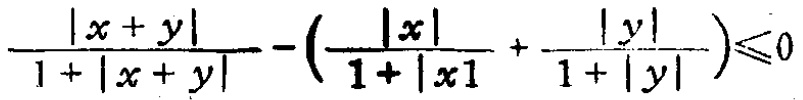
\(\frac{|x + y|}{1 + |x + y|} - (\frac{|x|}{1 + |x|} + \frac{|y|}{1 + |y|})\leqslant0\)